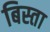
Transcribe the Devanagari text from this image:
बिस्ता